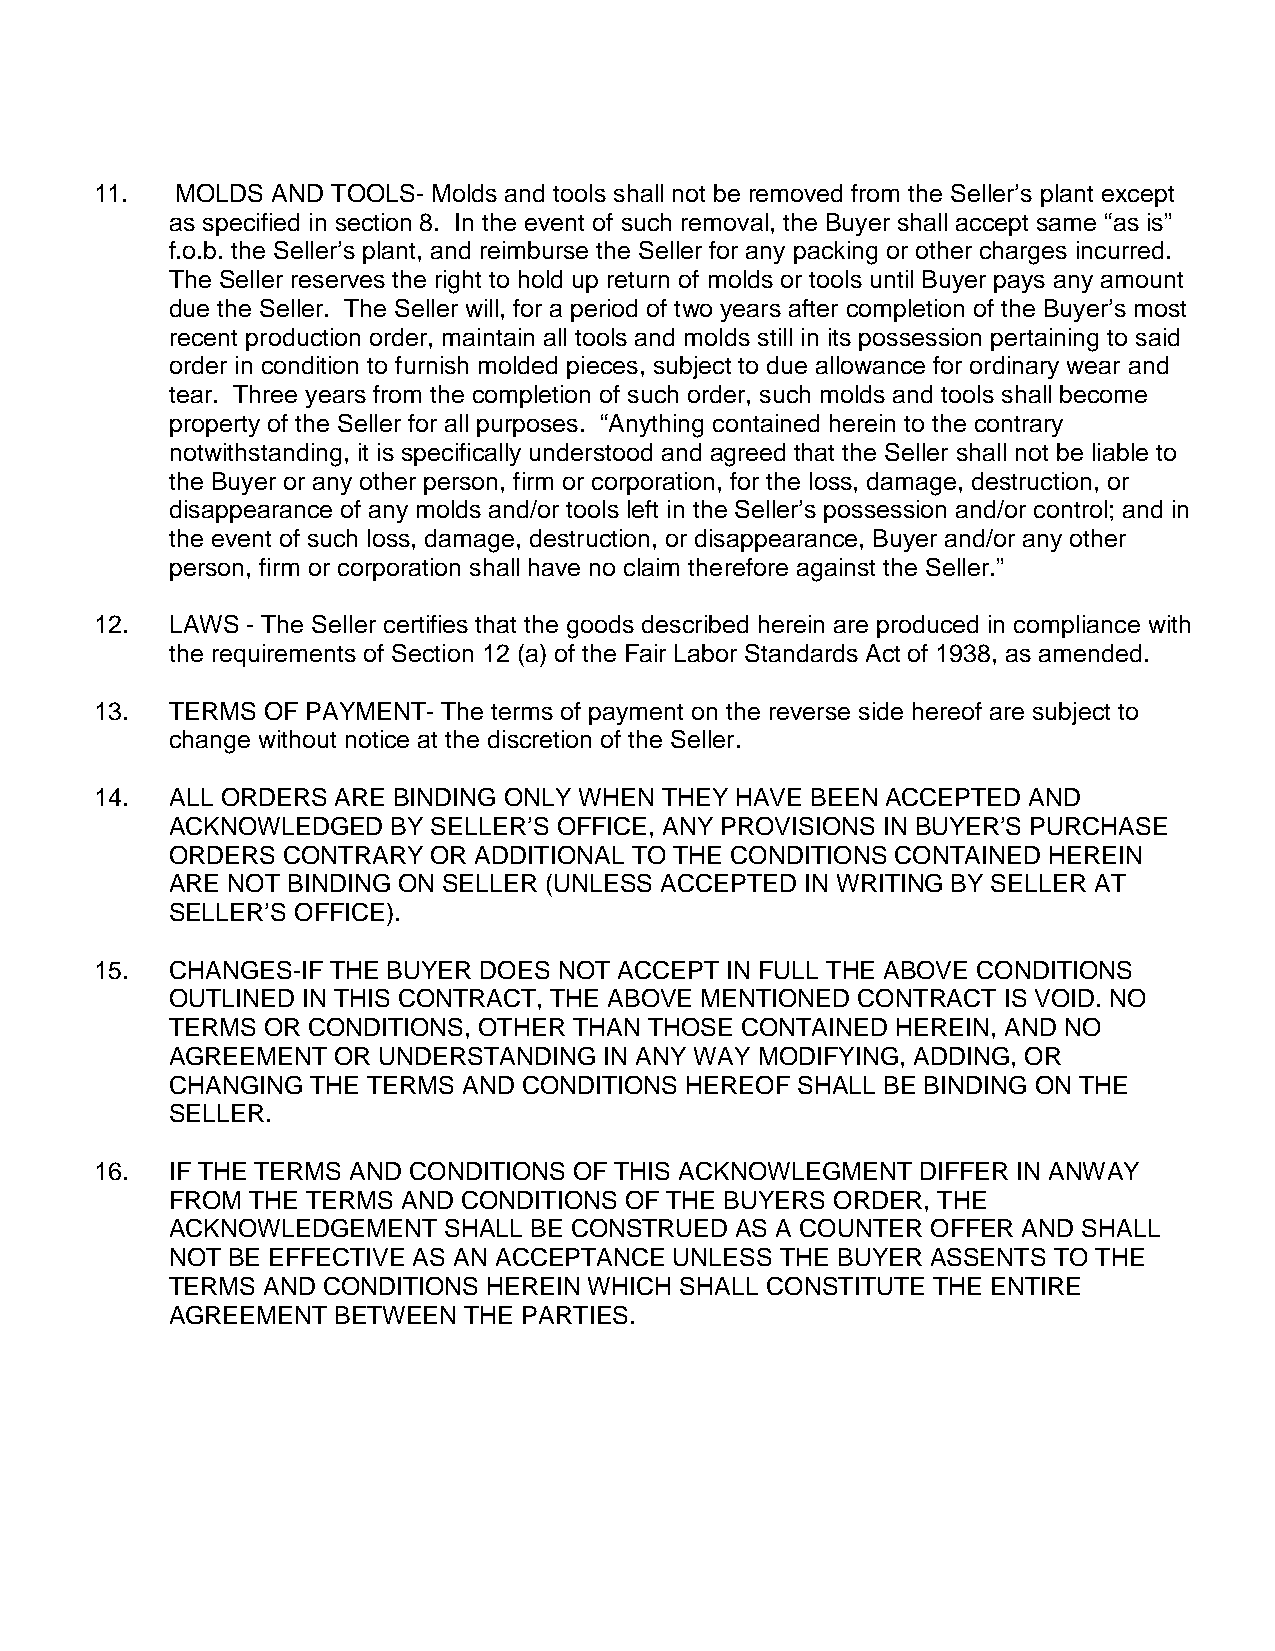
11.   MOLDS AND TOOLS- Molds and tools shall not be removed from the Seller’s plant except
 as specified in section 8. In the event of such removal, the Buyer shall accept same “as is”
 f.o.b. the Seller’s plant, and reimburse the Seller for any packing or other charges incurred.
 The Seller reserves the right to hold up return of molds or tools until Buyer pays any amount
 due the Seller. The Seller will, for a period of two years after completion of the Buyer’s most
 recent production order, maintain all tools and molds still in its possession pertaining to said
 order in condition to furnish molded pieces, subject to due allowance for ordinary wear and
 tear. Three years from the completion of such order, such molds and tools shall become
 property of the Seller for all purposes. “Anything contained herein to the contrary
 notwithstanding, it is specifically understood and agreed that the Seller shall not be liable to
 the Buyer or any other person, firm or corporation, for the loss, damage, destruction, or
 disappearance of any molds and/or tools left in the Seller’s possession and/or control; and in
 the event of such loss, damage, destruction, or disappearance, Buyer and/or any other
 person, firm or corporation shall have no claim therefore against the Seller.”
 12.  LAWS - The Seller certifies that the goods described herein are produced in compliance with
 the requirements of Section 12 (a) of the Fair Labor Standards Act of 1938, as amended.
 13.  TERMS OF PAYMENT- The terms of payment on the reverse side hereof are subject to
 change without notice at the discretion of the Seller.
 14.  ALL ORDERS ARE BINDING ONLY WHEN THEY HAVE BEEN ACCEPTED AND
 ACKNOWLEDGED   BY SELLER’S OFFICE, ANY PROVISIONS IN BUYER’S PURCHASE
 ORDERS  CONTRARY OR ADDITIONAL TO THE CONDITIONS CONTAINED HEREIN
 ARE NOT BINDING ON SELLER (UNLESS ACCEPTED IN WRITING BY SELLER AT
 SELLER’S OFFICE).
 15.  CHANGES-IF THE BUYER DOES NOT ACCEPT IN FULL THE ABOVE CONDITIONS
 OUTLINED IN THIS CONTRACT, THE ABOVE MENTIONED CONTRACT IS VOID. NO
 TERMS OR CONDITIONS, OTHER THAN THOSE CONTAINED HEREIN, AND NO
 AGREEMENT  OR UNDERSTANDING  IN ANY WAY MODIFYING, ADDING, OR
 CHANGING  THE TERMS AND CONDITIONS HEREOF SHALL BE BINDING ON THE
 SELLER.
 16.  IF THE TERMS AND CONDITIONS OF THIS ACKNOWLEGMENT DIFFER IN ANWAY
 FROM  THE TERMS AND CONDITIONS OF THE BUYERS ORDER, THE
 ACKNOWLEDGEMENT   SHALL BE CONSTRUED  AS A COUNTER OFFER AND SHALL
 NOT BE EFFECTIVE AS AN ACCEPTANCE UNLESS THE BUYER ASSENTS TO THE
 TERMS AND CONDITIONS HEREIN WHICH SHALL CONSTITUTE THE ENTIRE
 AGREEMENT  BETWEEN  THE PARTIES.